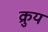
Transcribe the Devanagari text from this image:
क्रुय